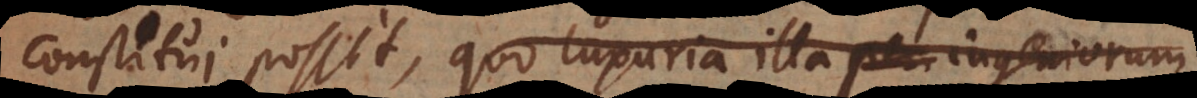
constitui possit, quo luxuria illa ingeniorum